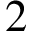
2